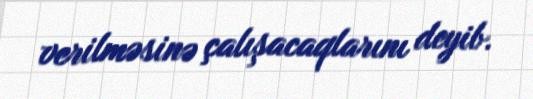
verilməsinə çalışacaqlarını deyib.